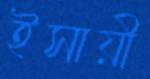
ইসায়ী